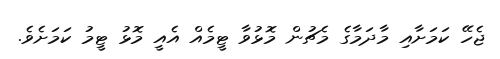
ޖެހޭ ކަމަށާއި މާދަމާގެ މެޗުން މޮޅުވާ ޓީމެއް އެއީ މޮޅު ޓީމު ކަމަށެވެ.